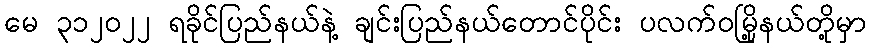
မေ ၃၁၂၀၂၂ ရခိုင်ပြည်နယ်နဲ့ ချင်းပြည်နယ်တောင်ပိုင်း ပလက်ဝမြို့နယ်တို့မှာ